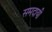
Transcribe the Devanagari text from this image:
समदायी